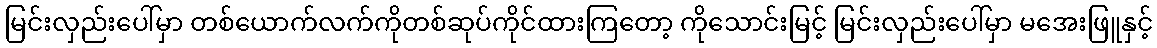
မြင်းလှည်းပေါ်မှာ တစ်ယောက်လက်ကိုတစ်ဆုပ်ကိုင်ထားကြတော့ ကိုသောင်းမြင့် မြင်းလှည်းပေါ်မှာ မအေးဖြူနှင့်